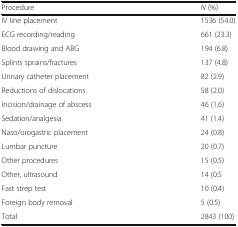
<table><thead><tr><td><b>Procedure</b></td><td><b><i>N</i> (%)</b></td></tr></thead><tbody><tr><td>IV line placement</td><td>1536 (54.0)</td></tr><tr><td>ECG recording/reading</td><td>661 (23.3)</td></tr><tr><td>Blood drawing and ABG</td><td>194 (6.8)</td></tr><tr><td>Splints sprains/fractures</td><td>137 (4.8)</td></tr><tr><td>Urinary catheter placement</td><td>82 (2.9)</td></tr><tr><td>Reductions of dislocations</td><td>58 (2.0)</td></tr><tr><td>Incision/drainage of abscess</td><td>46 (1.6)</td></tr><tr><td>Sedation/analgesia</td><td>41 (1.4)</td></tr><tr><td>Naso/orogastric placement</td><td>24 (0.8)</td></tr><tr><td>Lumbar puncture</td><td>20 (0.7)</td></tr><tr><td>Other procedures</td><td>15 (0.5)</td></tr><tr><td>Other, ultrasound</td><td>14 (0.5</td></tr><tr><td>Fast strep test</td><td>10 (0.4)</td></tr><tr><td>Foreign body removal</td><td>5 (0.5)</td></tr><tr><td>Total</td><td>2843 (100)</td></tr></tbody></table>